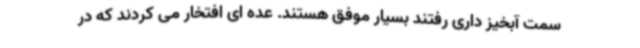
سمت آبخیز داری رفتند بسیار موفق هستند. عده ای افتخار می کردند که در